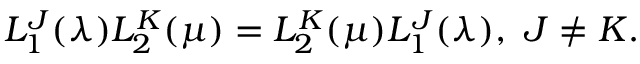
L _ { 1 } ^ { J } ( \lambda ) L _ { 2 } ^ { K } ( \mu ) = L _ { 2 } ^ { K } ( \mu ) L _ { 1 } ^ { J } ( \lambda ) , \ J \neq K .